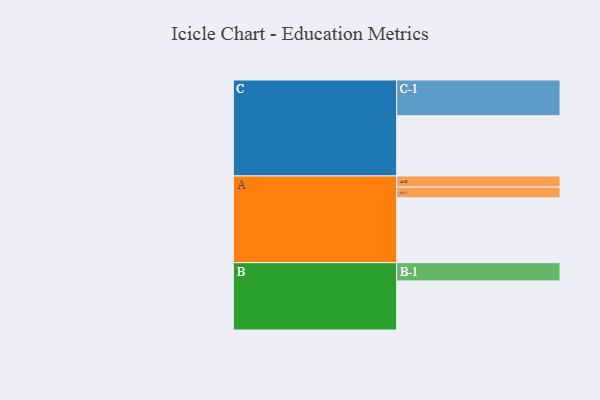
{"axis": {"x": "Segment", "y": "Value"}, "legend": ["", "A", "B", "C"], "data": [{"x": "A", "y": 525, "type": ""}, {"x": "B", "y": 397, "type": ""}, {"x": "C", "y": 488, "type": ""}, {"x": "A-1", "y": 87, "type": "A"}, {"x": "A-2", "y": 90, "type": "A"}, {"x": "B-1", "y": 148, "type": "B"}, {"x": "C-1", "y": 289, "type": "C"}]}